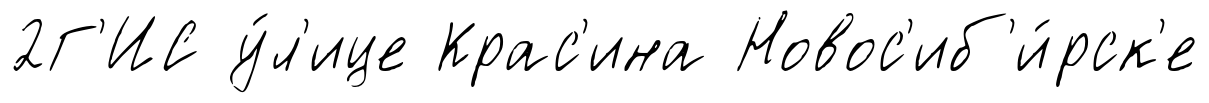
2Г'ИС у́л'ице Крас'ина Новос'иб'и́рск'е